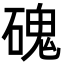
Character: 磈